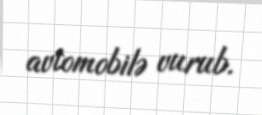
avtomobilə vurub.